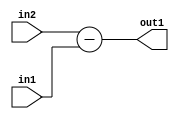
`timescale 1ps / 1ps
/*****************************************************************************
    Verilog RTL Description
    
    
    Created by: Stratus DpOpt 21.05.01 
*******************************************************************************/

module Filter_Sub_12Ux7U_12U_4 (
	in2,
	in1,
	out1
	); /* architecture "behavioural" */ 
input [11:0] in2;
input [6:0] in1;
output [11:0] out1;
wire [11:0] asc001;

assign asc001 = 
	+(in2)
	-(in1);

assign out1 = asc001;
endmodule

/* CADENCE  ubH4Sg4= : u9/ySxbfrwZIxEzHVQQV8Q== ** DO NOT EDIT THIS LINE ******/